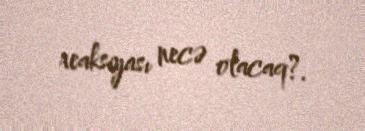
reaksiyası necə olacaq?.